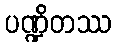
ပဏ္ဍိတဿ